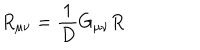
LaTeX: R _ { \mu \nu } = \frac { 1 } { D } G _ { \mu \nu } R